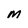
Character: M